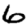
Digit: 6